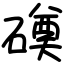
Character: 磸